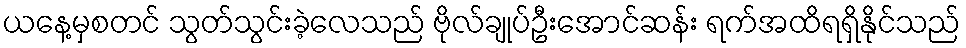
ယနေ့မှစတင် သွတ်သွင်းခဲ့လေသည် ဗိုလ်ချုပ်ဦးအောင်ဆန်း ရက်အထိရရှိနိုင်သည်